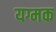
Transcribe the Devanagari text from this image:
यग्मक